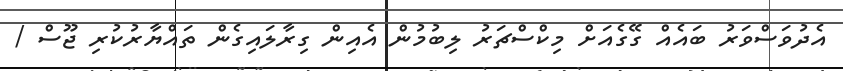
އެދުވަސްވަރު ބައެއް ގޭގެއަށް މިކްސްޗަރު ލިބުމުން އެއިން ގިރާލައިގެން ތައްޔާރުކުރި ޖޫސް /